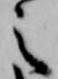
之